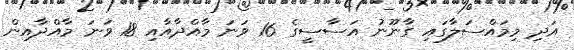
އަދި މިމައްސަލާގައި ގާނޫނު އަސާސީގެ 16 ވަނަ މާއްދާއާއި 18 ވަނަ މާއްދާއިން